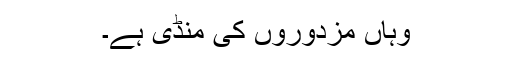
وہاں مزدوروں کی منڈی ہے۔